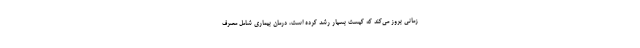
زمانی بروز می‌کند که کیست بسیار رشد کرده است، درمان بیماری شامل مصرف